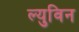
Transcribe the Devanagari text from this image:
ल्युविन